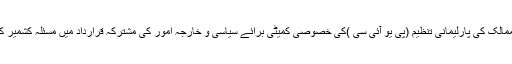
2016ء)اسلامی ممالک کی پارلیمانی تنظیم (پی یو آئی سی )کی خصوصی کمیٹی برائے سیاسی و خارجہ امور کی مشترکہ قرارداد میں مسئلہ کشمیر کو شامل کر لیا گیا۔